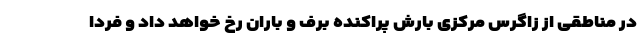
در مناطقی از زاگرس مرکزی بارش پراکنده برف و باران رخ خواهد داد و فردا